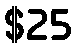
$25